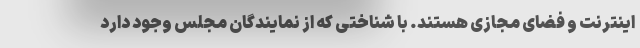
اینترنت و فضای مجازی هستند. با شناختی که از نمایندگان مجلس وجود دارد